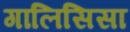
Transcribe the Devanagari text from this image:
गालिसिसा